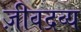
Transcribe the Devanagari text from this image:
ज़ीवद्रव्य